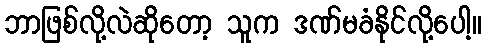
ဘာဖြစ်လို့လဲဆိုတော့ သူက ဒဏ်မခံနိုင်လို့ပေါ့။